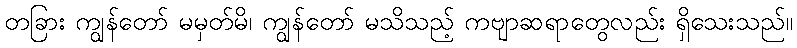
တခြား ကျွန်တော် မမှတ်မိ၊ ကျွန်တော် မသိသည့် ကဗျာဆရာတွေလည်း ရှိသေးသည်။